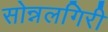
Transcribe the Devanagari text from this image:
सोन्नलगिरी